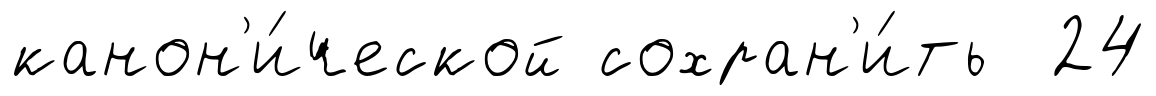
канон'и́ческой сохран'и́ть 24